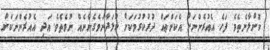
ކޮށްލާނެތެވެ. ފަހެ އެއުރެންނަށް އެކަންތައް ދުރުކުރުމަކަށް ކުޅަދާނަވެގެންނެއް ނުވެތެވެ. އަދި އެއުރެންނަކަށް